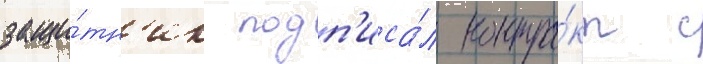
защи́тн'ик подп'иса́л контра́кт с